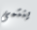
ينتمى